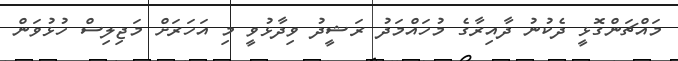
މައްޗަންގޮޅީ ދެކުނު ދާއިރާގެ މުހައްމަދު ރަޝީދު ވިދާޅުވީ މި އަހަރަށް މަޖިލިސް ހުޅުވަން